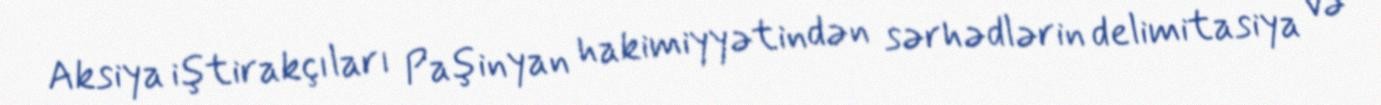
Aksiya iştirakçıları Paşinyan hakimiyyətindən sərhədlərin delimitasiya və